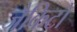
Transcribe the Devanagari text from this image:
जैकिटों